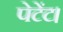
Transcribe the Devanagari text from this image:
पेटेंट।